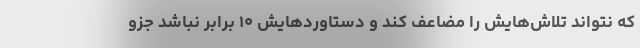
که نتواند تلاش‌هایش را مضاعف کند و دستاوردهایش ۱۰ برابر نباشد جزو